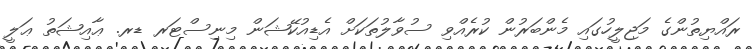
ރައްޔިތުންގެ މަޖިލީހުގައި މެންބަރުން ކުރެއްވި ސުވާލުތަކަށް އެޑިއުކޭޝަން މިނިސްޓަރ ޑރ. ޢާއިޝަތު ޢަލީ